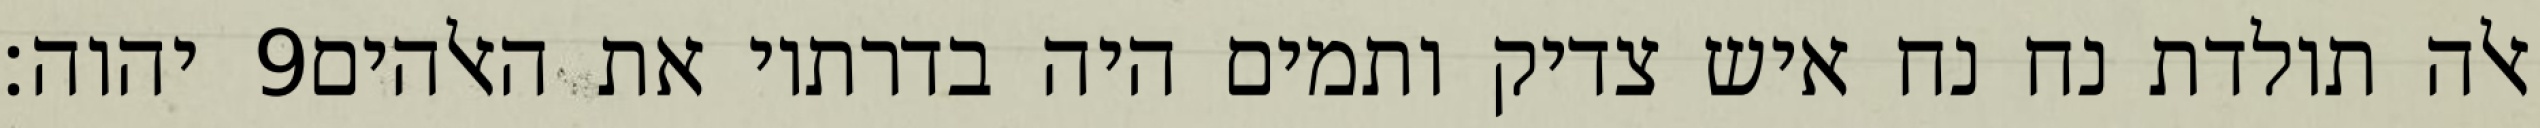
יהוה׃ ‎9‏ אלה תולדת נח נח איש צדיק ותמים היה בדרתיו את האלהים